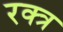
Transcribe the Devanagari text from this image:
रक्त्र